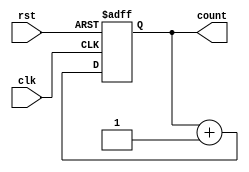
// Up Counter

module up_counter (
    input wire clk,        // Clock input
    input wire rst,        // Reset input
    output reg [3:0] count  // 4-bit counter output
);

  // Counter logic
  always @(posedge clk or posedge rst) begin
    if (rst) begin
      count <= 4'b0000;   // Reset the counter to 0
    end else begin
      count <= count + 1; // Increment the counter on each clock edge
    end
  end

endmodule